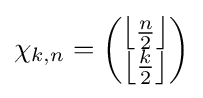
\chi _{k,n}={\begin{pmatrix}\left\lfloor {\frac {n}{2}}\right\rfloor \\\left\lfloor {\frac {k}{2}}\right\rfloor \end{pmatrix}}